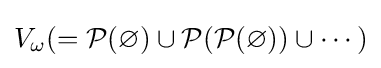
V_{\omega }(={\mathcal {P}}(\varnothing )\cup {\mathcal {P}}({\mathcal {P}}(\varnothing ))\cup \cdots )